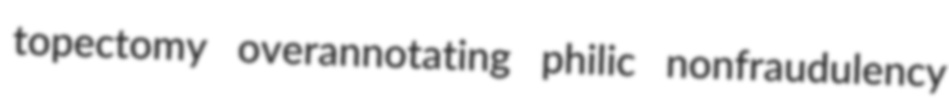
topectomy overannotating philic nonfraudulency